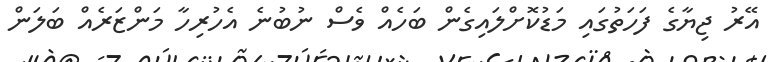
އޭރު ޖިޔާގެ ފަހަތުގައި މަޑުކޮށްލައިގެން ބަހެއް ވެސް ނުބުނެ އެހުރިހާ މަންޒަރެއް ބަލަން